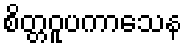
စိတ္တဝူပကာသေန